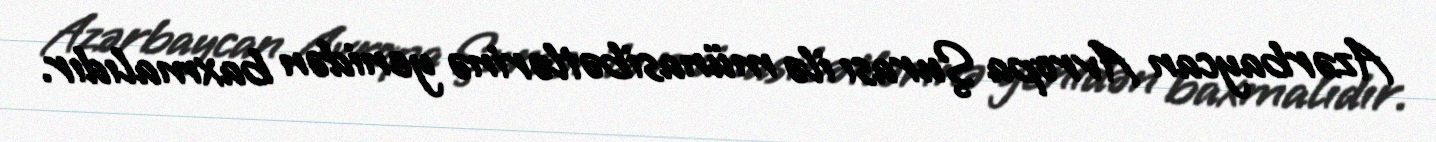
Azərbaycan Avropa Şurası ilə münasibətlərinə yenidən baxmalıdır.